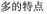
多的特点